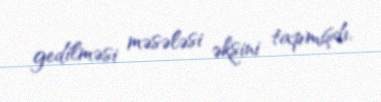
gedilməsi məsələsi əksini tapmışdı.